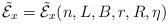
LaTeX: \begin{align*} \tilde{ \mathcal{E}}_x = \tilde{ \mathcal{E}}_x(n,L,B,r,R,\eta)\end{align*}